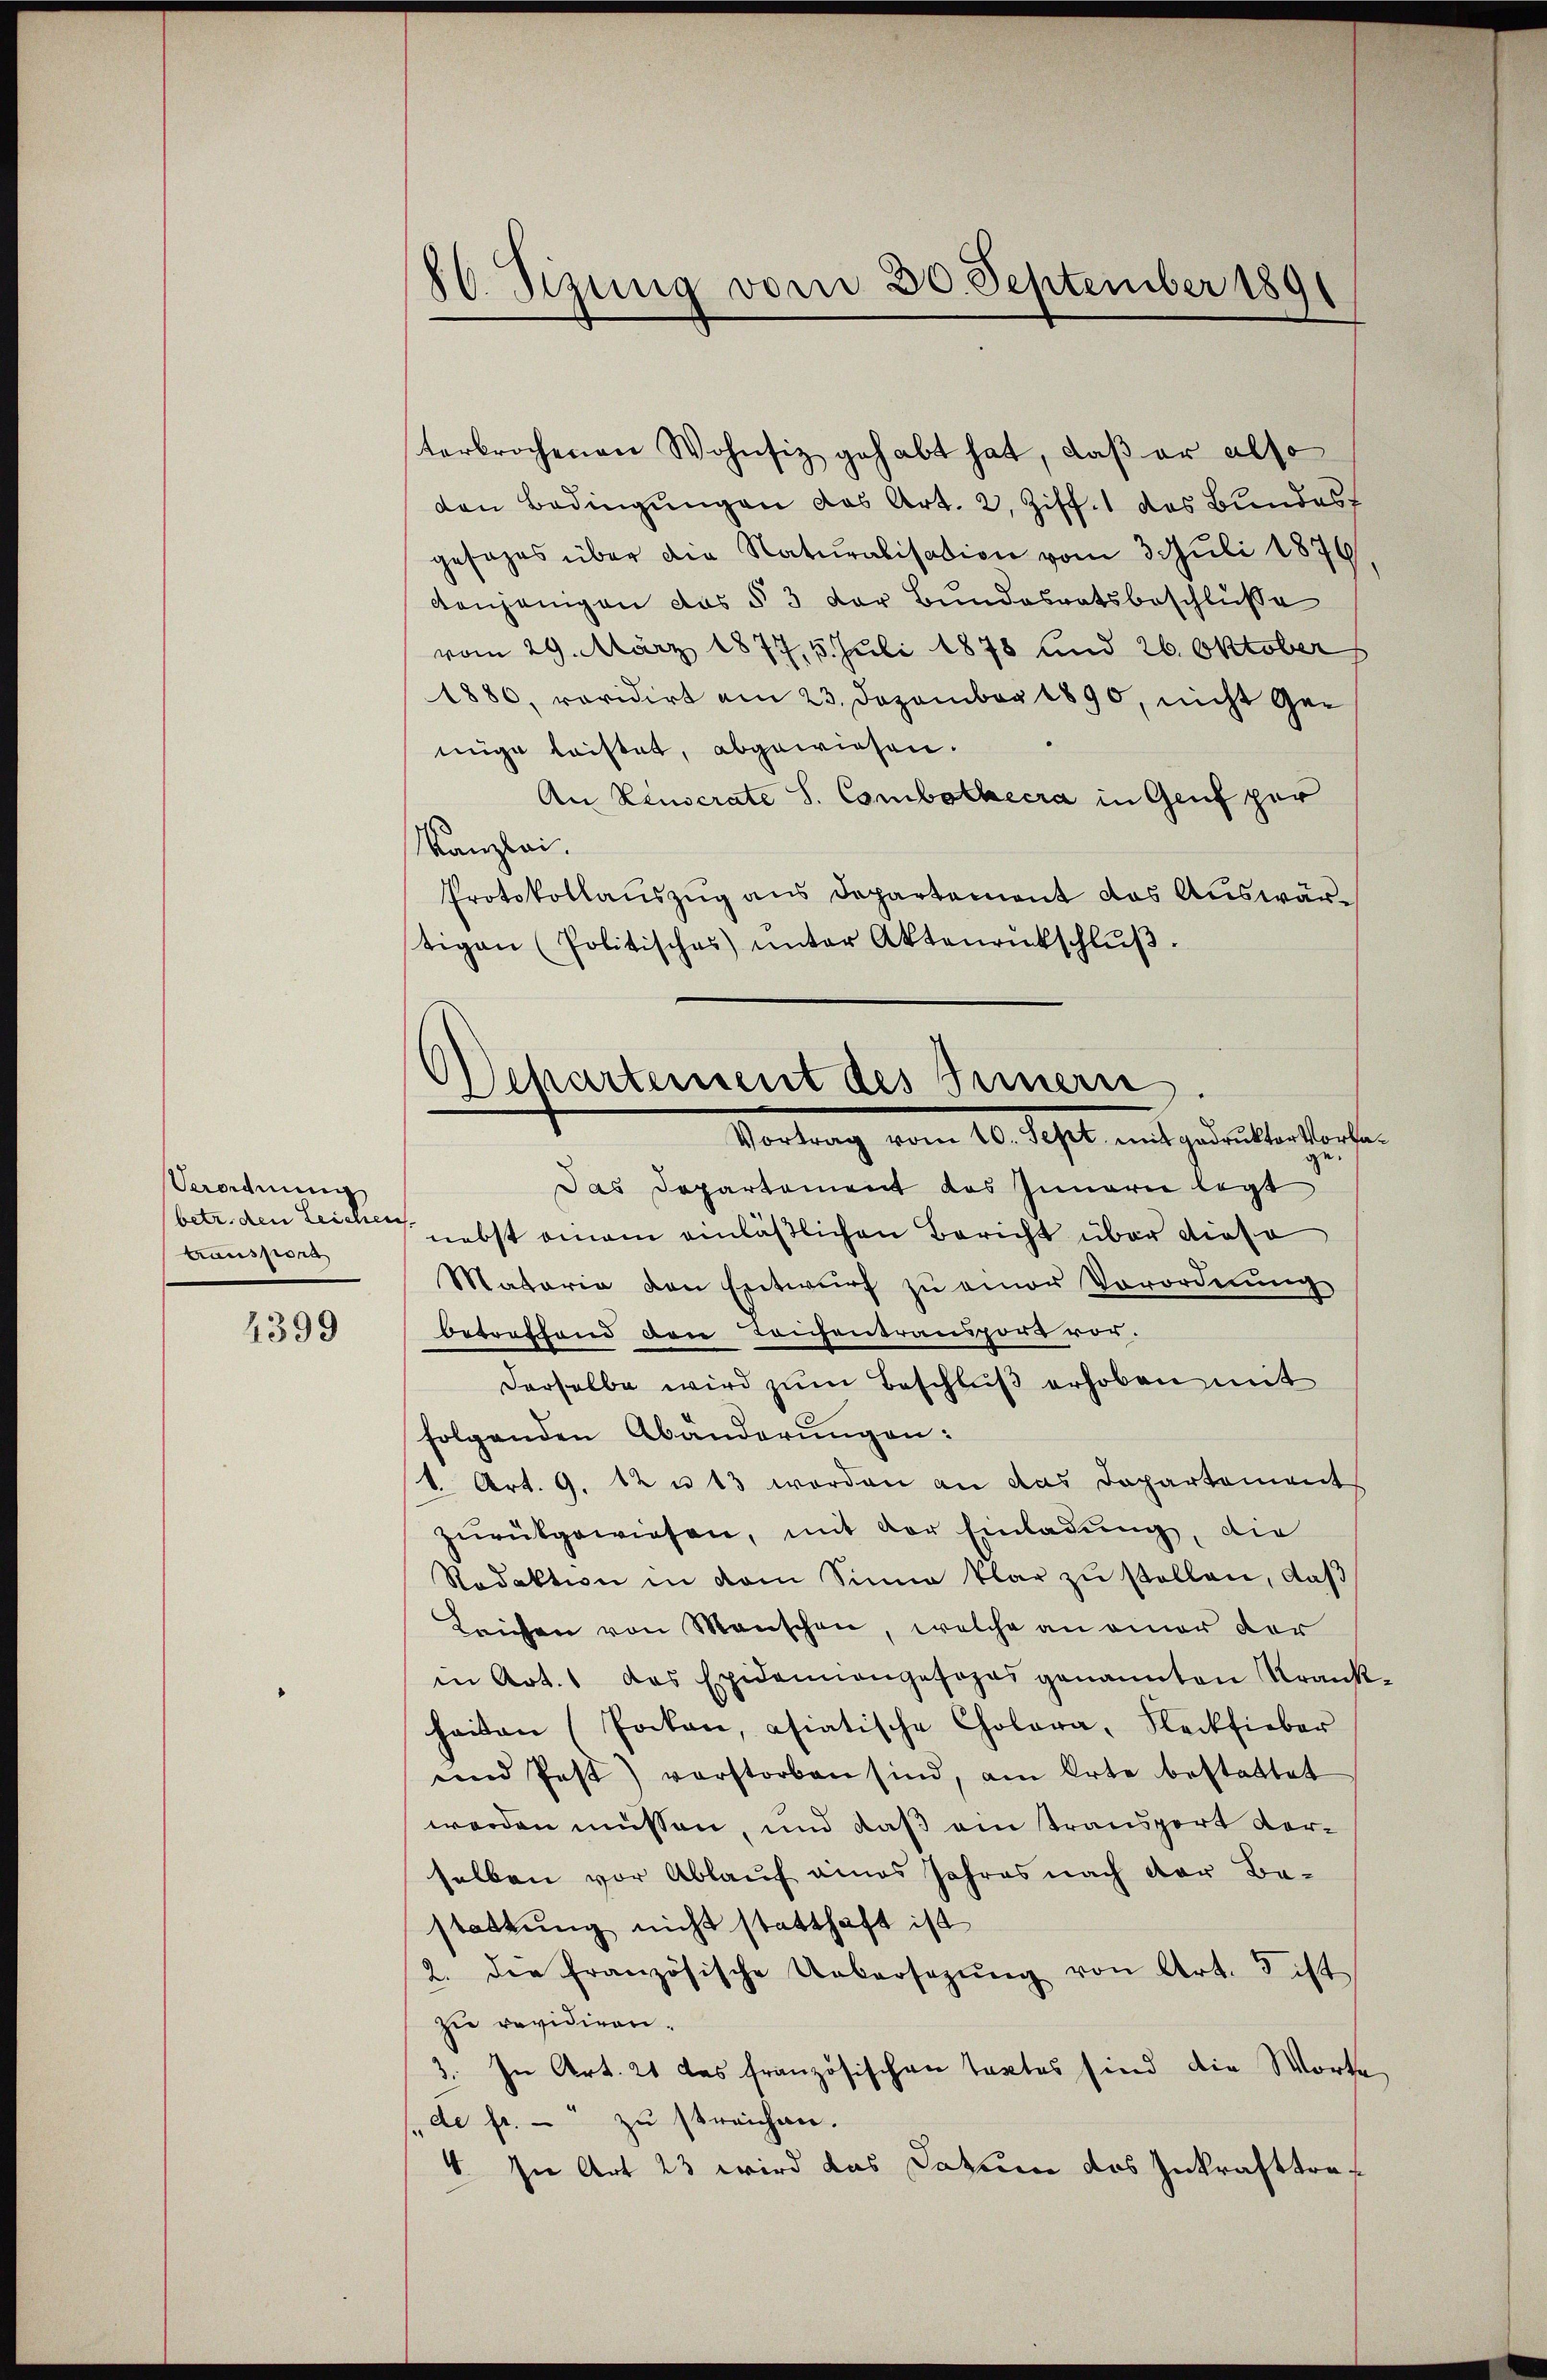
Verordnung
betr. den Leichen
transport

4399

86. Sizung vom 30. September 1891

terbrochenen Wohnsiz gehabt hat, daβ er also
den Bedingungen das Art. 2, Ziff. 1 des Bundes
gesezes über die Naturalisation vom 3. Juli 1876
denjenigen das § 3 der Bundesratsbeschlüsse
vom 29. März 1877, 5. Juli 1878 und 26. Oktober
1880, revidirt am 23. Dezember 1890, nicht Gemige laistet, abgewiesen.
An Keuscrate S. Combothecra in Genf per
Kanzlei.
Protokollauszug aus Departement das Auswärtigen (Politisches unter Aktenrütschlŭβ
Das Departement das Innern legt
nebst einem einläßlichen Bericht über dieso
Mataria den Entwurf zu einer Vorordnung
betreffend den Teichentransport vor.
derselbe wird zum Beschluß erhoben mit
folgenden Abänderungen:
1. Art. 9. 12 u 13 worden an das Departement
zurückgewiesen, mit der Einladung, die
Redaktion in dem Sinne klar zŭ stellen, daß
Triesen von Menschen, welche an einer der
in Art. 1 das Epidemangesages genannten Krank
heiten (Pocken, asiatische Cholera, Fleckfieber
und Pest) verstorben sind, am Orte bestattet
worden müssen, und daß ein transport verselben vor Ablauf eines Jahres nach der Bestattung nicht statthaft ist
2. die französische Uebersetzŭng von Art. 3 ist
zi revidiren.
3. In Art. 21 das französischen Textes sind die Worte
de fr. - zu streichen.
4. In Art 23 wird das Datum das Inkrafttre¬

Departement des Innern.
Vortrag vom 10. Sept. mit gedrukter Vorte